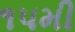
૧પમી